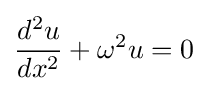
{\frac {d^{2}u}{dx^{2}}}+\omega ^{2}u=0